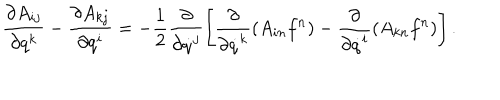
\frac { \partial A _ { i j } } { \partial q ^ { k } } - \frac { \partial A _ { k j } } { \partial q ^ { i } } = - \frac { 1 } { 2 } \frac { \partial } { \partial \dot { q } ^ { j } } \left[ \frac { \partial } { \partial \dot { q } ^ { k } } ( A _ { i n } f ^ { n } ) - \frac { \partial } { \partial \dot { q } ^ { i } } ( A _ { k n } f ^ { n } ) \right] .